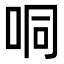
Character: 哃